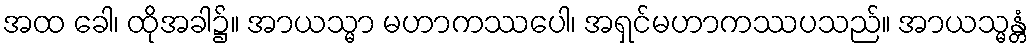
အထ ခေါ၊ ထိုအခါ၌။ အာယသ္မာ မဟာကဿပေါ၊ အရှင်မဟာကဿပသည်။ အာယသ္မန္တံ